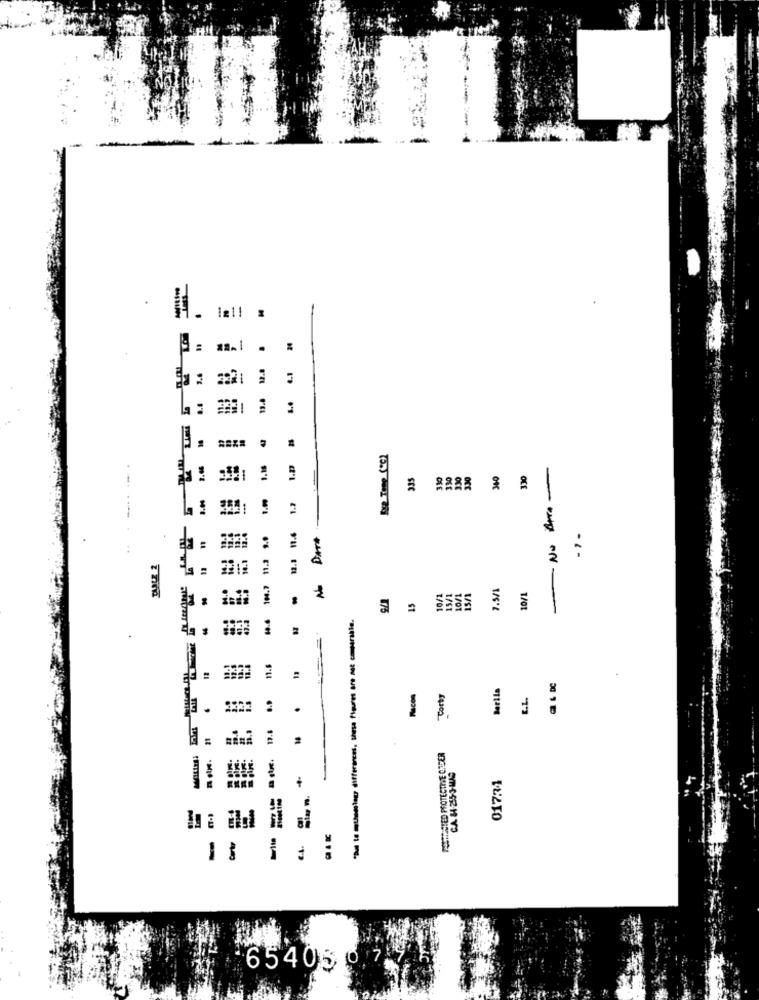
24
12.8
4.1
13.0
43
Sxe Temp (CC)
----.
335
330
330
330
330
340
330
1.
1.2
11.4
das
11.2
12.3
15/1
10/1
1.5/1
10/1
15
10/1
14.6
"Da te muhtemelegy differences. these figures are not comparable.
11.6
13
# FF
Barila
R
.. 9
Torty
E.L.
19.8
BAR.
WANTED PROTECTINE CHDER
CA 84 -255-3-MAS
01731
-
€.4.
1 3
7
65405